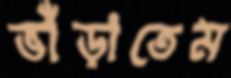
ভাঁড়াতেম